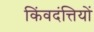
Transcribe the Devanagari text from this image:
किंवदंत्तियों